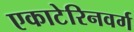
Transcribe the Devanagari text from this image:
एकाटेरिनवर्ग